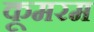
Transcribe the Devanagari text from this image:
कूमरम